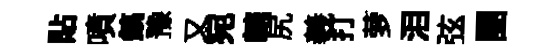
貼噴鎬豫又宛轄尻羲打萝泪弦團